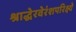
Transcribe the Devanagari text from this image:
श्राद्धेरवेरंशपरिक्ष्ये